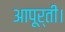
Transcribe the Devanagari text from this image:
आपूर्ती।